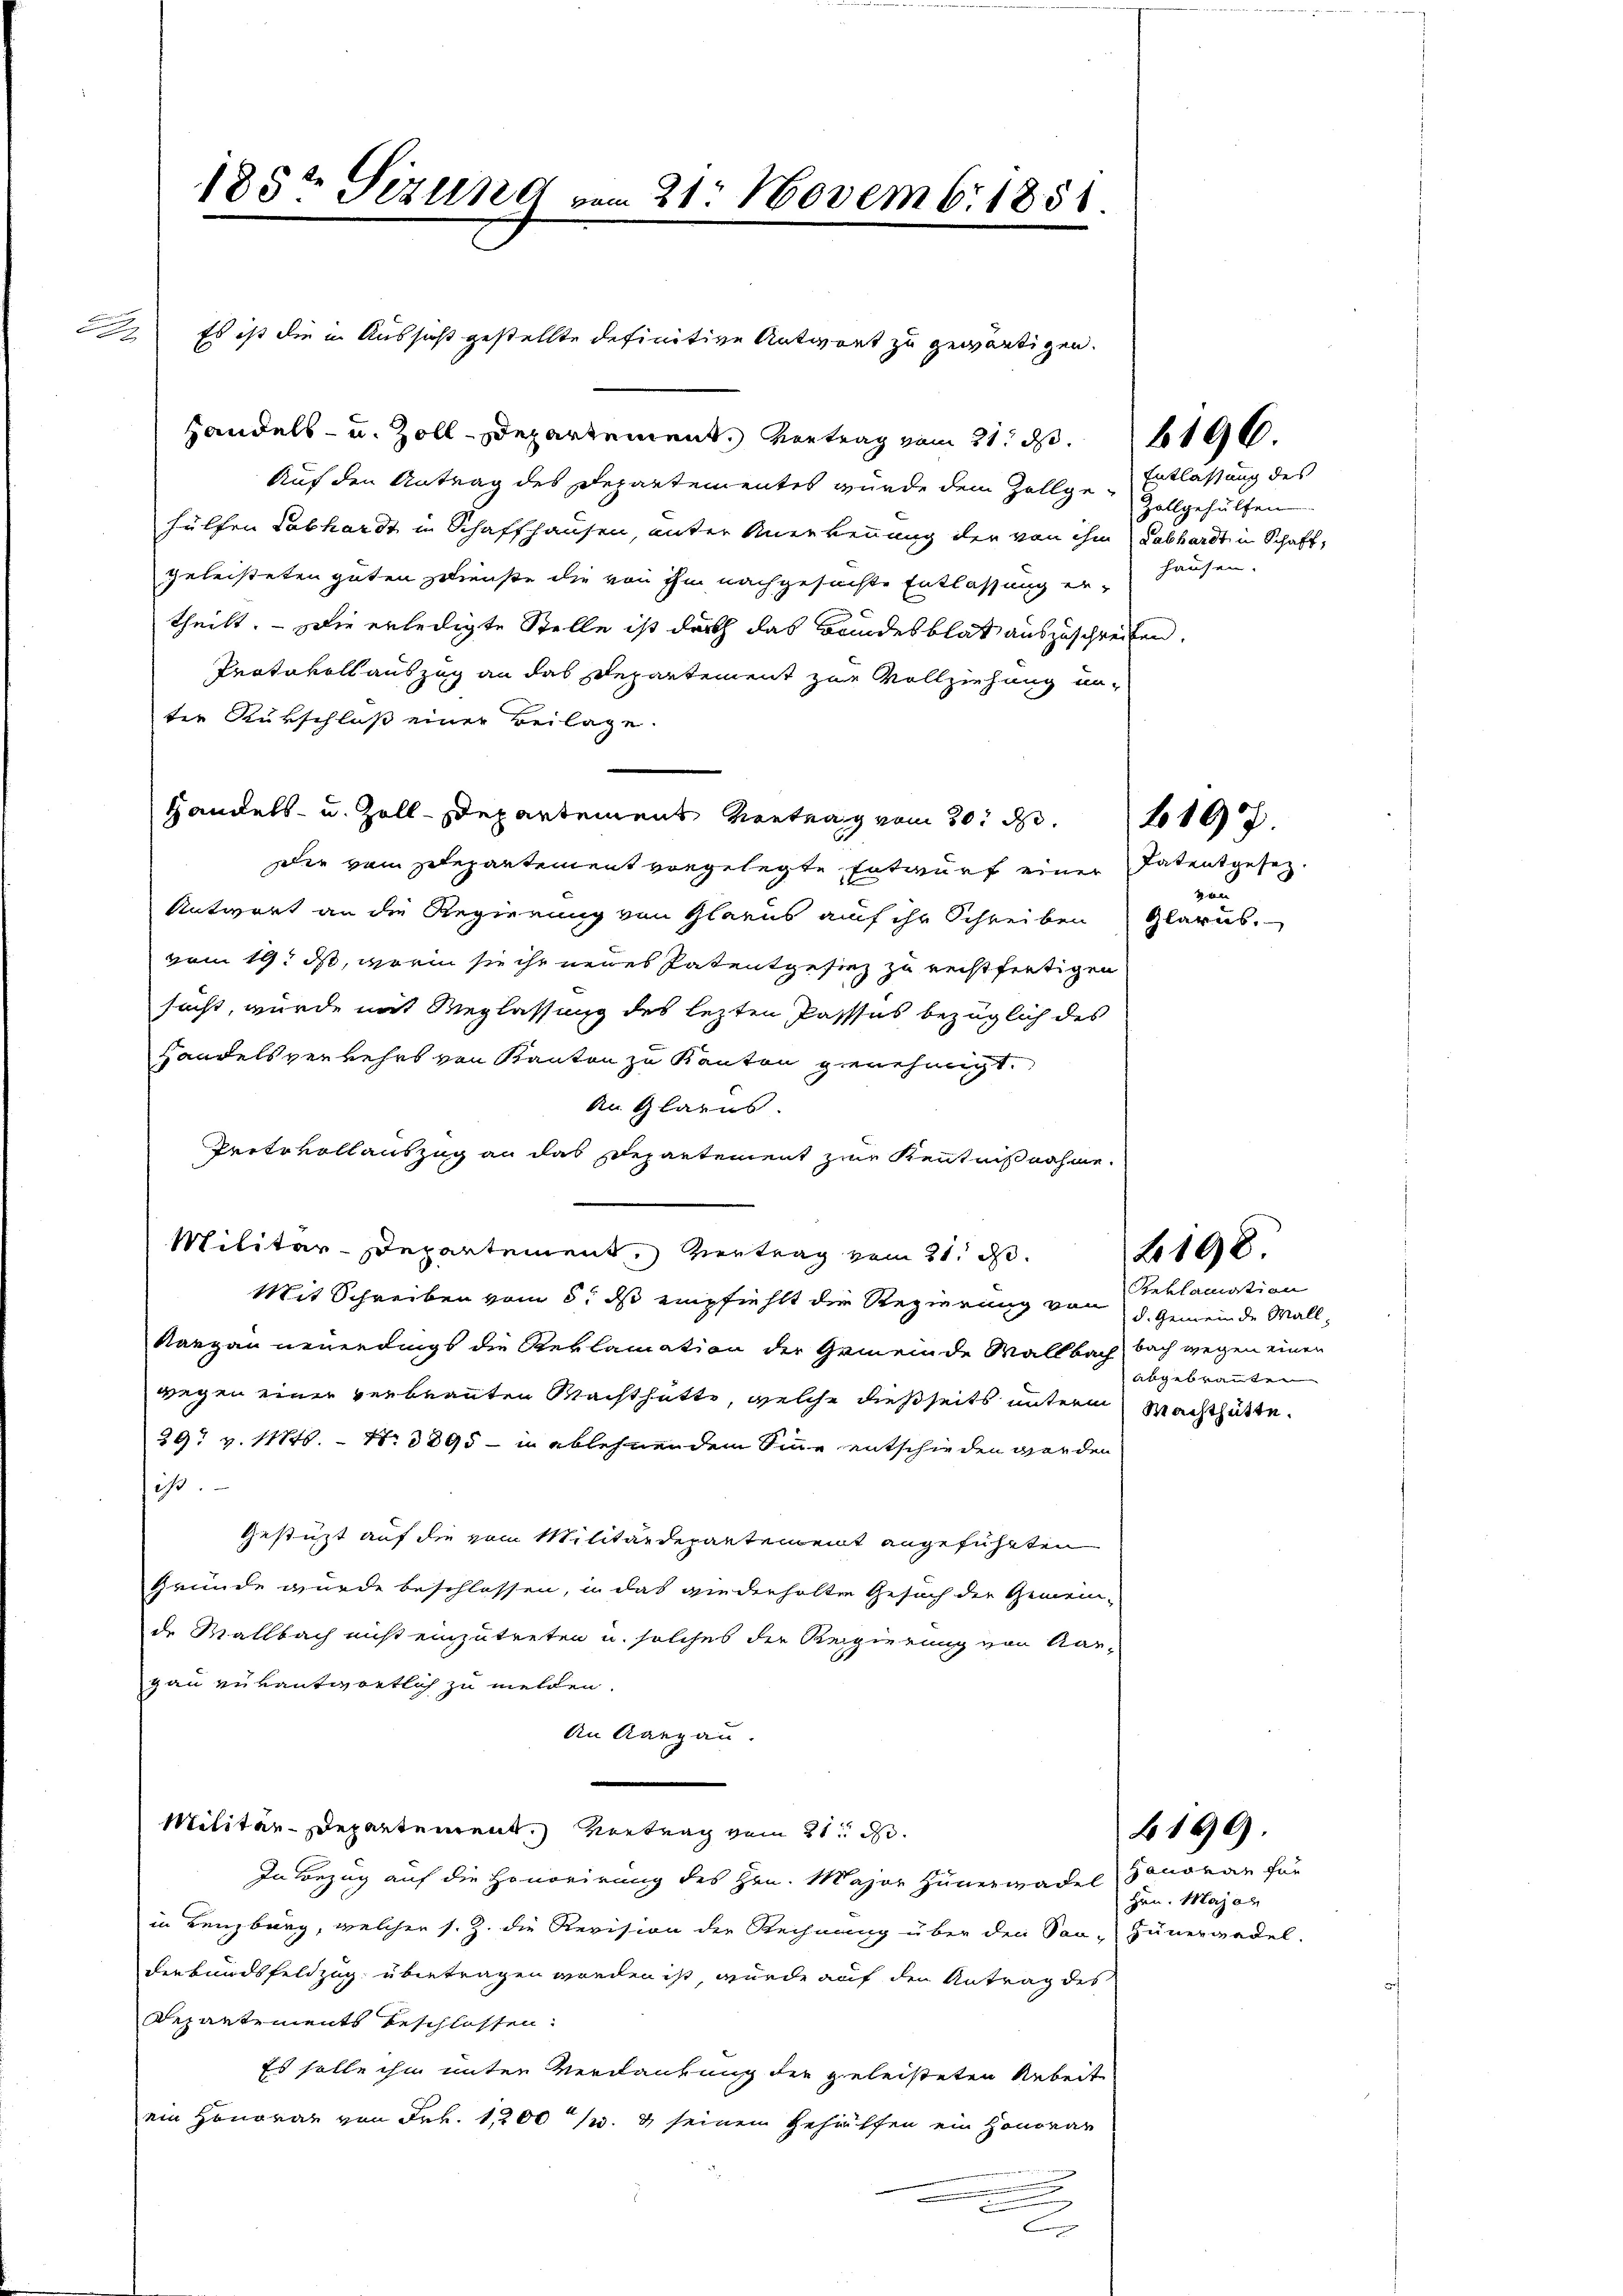
A

.
Handels- u. Zoll-Departement. Vortrag vom 21. d. 196.
Auf den Antrag des Departementes wurde dem Zollge-Entlassung des
hülfen Labhardt in Schaffhausen, unter Anerkennung der von ihm Labhardt in Schaft,
geleisteten guten Dienste die von ihm nachgesuchte Entlassung ertheilt. — Die erledigte Stelle ist durch das Bundesblat auszuschreiben.
Protokollauszug an das Departement zur Vollziehung unter Rükschloß einer Beilage.
Handels- u. Zoll-Departemens Vertrag vom 20. d. 217.
die vom Zedepartement vorgelegte Entwurf einer
Antwort an die Regierung von Glarus auf ihr Schreiben Glarus.
vom 19. ds, worin sie ihr neues Patentgesiez zu rechtfertigen
sucht, wurde mit Weglassung des lezten Passses bezüglich des
Handelsverkehrs von Kanton zu Kanton genehmigt.
An Glarus
Pretsvollauszug an das Departement zur Kenntnißnahme.
Militär-Departement, Vertrag vom 21. d.
Mit Schreiben vom 8. ds empfiehlt die Regierung von d. Gemeinde Mall¬
Rangen neuerdings die Reklamation der Gemeinde Wallbach, bach wegen einen
wegen einer verbrannten Machthütte, welche dießseits unterm Machthütte
297 v. 11746. - No 3895 - in ablehnendem Sinne entschieden werden
ist.
Gestützt auf die vom Militärdepartement angeführten
Grunde wurde beschlossen, in das wiederholten Gesuch der Gemein-
de Mallbach nicht einzutreten u. solches der Regierung von Aar-
gau erkantwortlich zu melden.
An Aargau.
Militär-Departement. Vortrag vom 21. d.
In Bezug auf die Honorirung des Hrn. Major Hünerwadel Honorar für
in Lenzburg, welcher s. Z. die Revision der Rechnung über den Son-Hünerwadel.
derbundsfeldzug übertragen worden ist wurde auf den Antrag des
Departements beschlossen.
Es solle ihm unter Verdankung der geleisteten Arbeite
ein Honorar von Frk. 1,200 /. & seinem Gehäffen ein Honorar
.
E

185t Sizung vom 21. Novemb. 1851
Es ist die in Aussicht gestellte definitive Antwort zu gewärtigen.

Zollgehülfen
hausen.

Patentgesez.
n

Reklamation
angebranten

f 198

Hrn. Major

190).